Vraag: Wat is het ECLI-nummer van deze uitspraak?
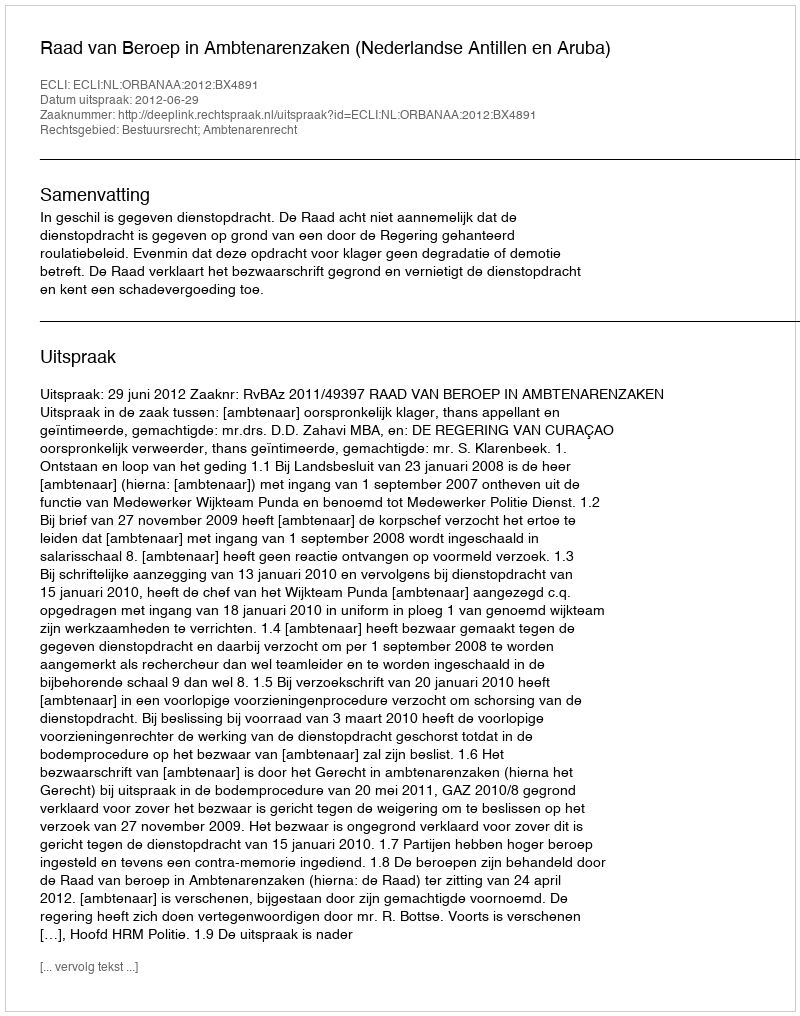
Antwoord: ECLI:NL:ORBANAA:2012:BX4891